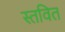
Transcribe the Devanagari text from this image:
स्तवित